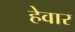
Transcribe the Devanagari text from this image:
हेवार